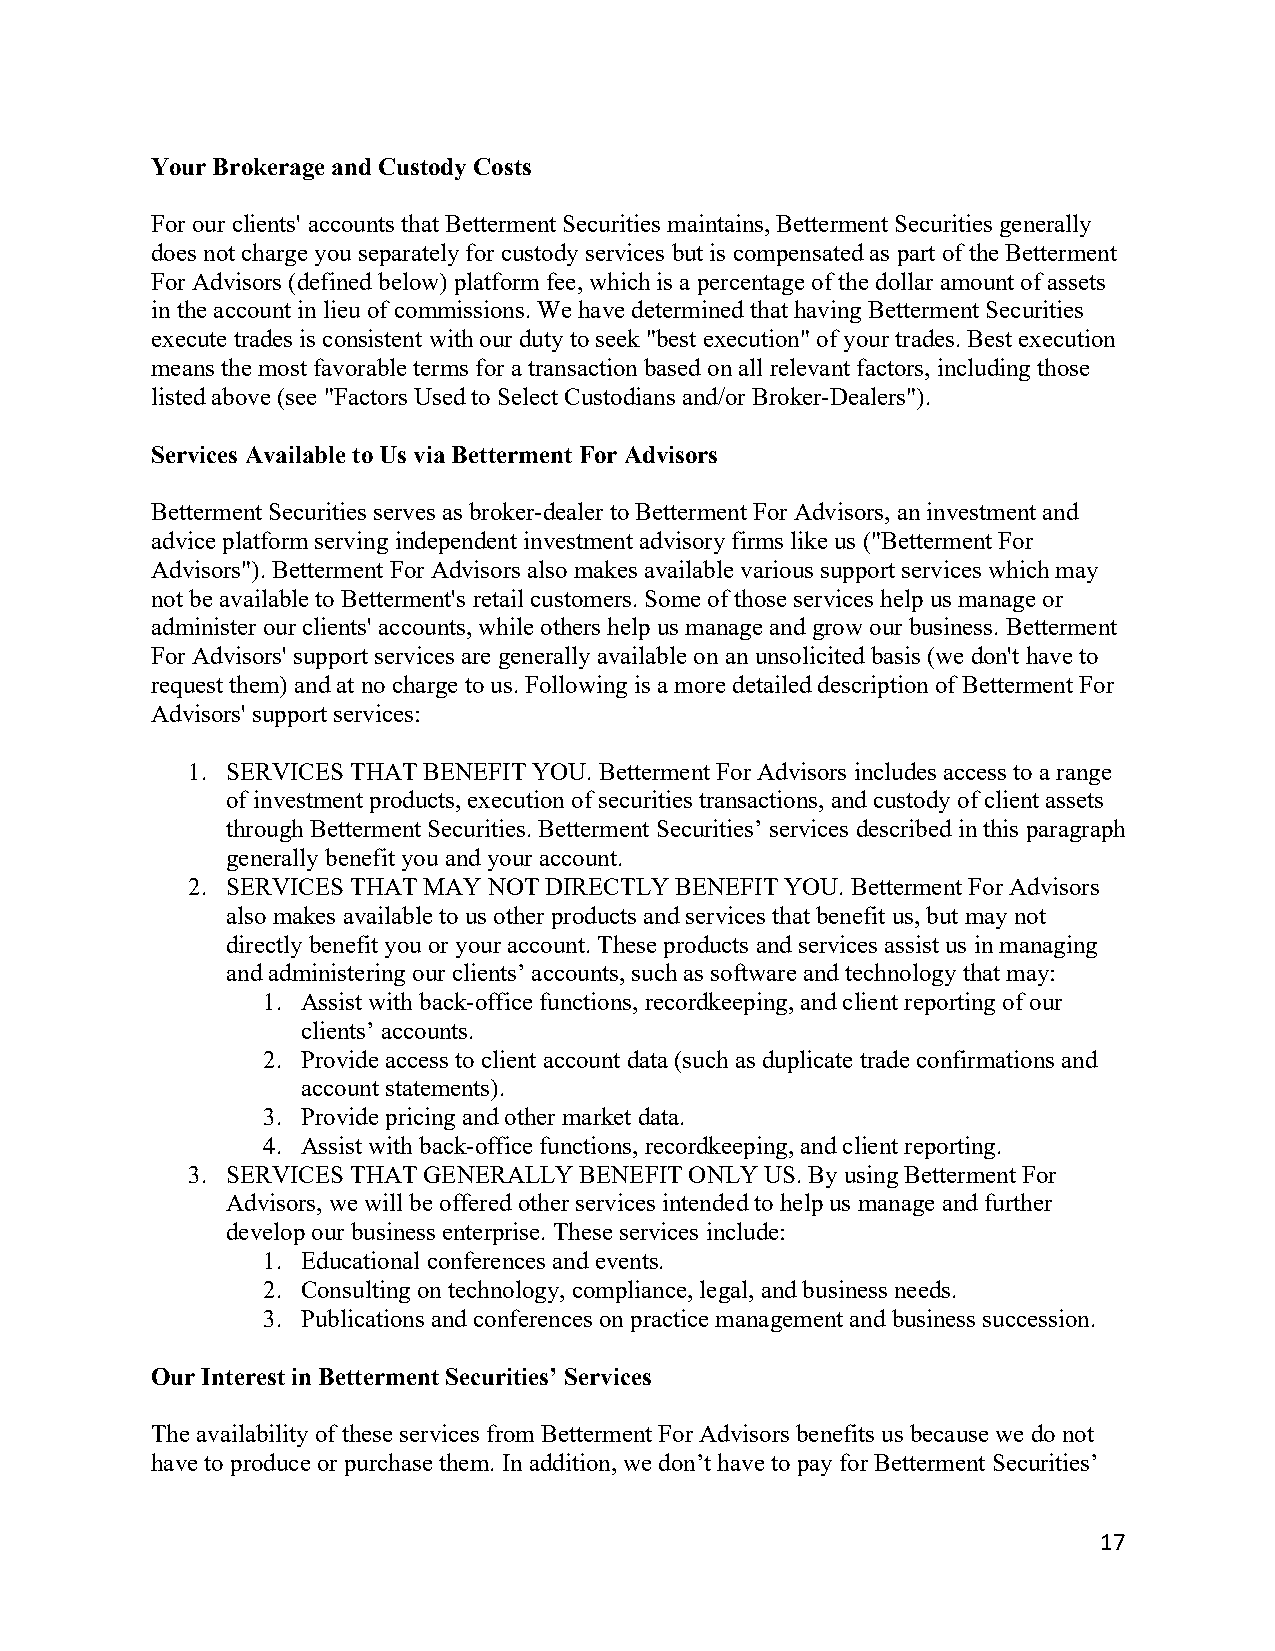
Your Brokerage and Custody Costs
 For our clients' accounts that Betterment Securities maintains, Betterment Securities generally
 does not charge you separately for custody services but is compensated as part of the Betterment
 For Advisors (defined below) platform fee, which is a percentage of the dollar amount of assets
 in the account in lieu of commissions. We have determined that having Betterment Securities
 execute trades is consistent with our duty to seek "best execution" of your trades. Best execution
 means the most favorable terms for a transaction based on all relevant factors, including those
 listed above (see "Factors Used to Select Custodians and/or Broker-Dealers").
 Services Available to Us via Betterment For Advisors
 Betterment Securities serves as broker-dealer to Betterment For Advisors, an investment and
 advice platform serving independent investment advisory firms like us ("Betterment For
 Advisors"). Betterment For Advisors also makes available various support services which may
 not be available to Betterment's retail customers. Some of those services help us manage or
 administer our clients' accounts, while others help us manage and grow our business. Betterment
 For Advisors' support services are generally available on an unsolicited basis (we don't have to
 request them) and at no charge to us. Following is a more detailed description of Betterment For
 Advisors' support services:
 1. SERVICES THAT BENEFIT YOU. Betterment For Advisors includes access to a range
 of investment products, execution of securities transactions, and custody of client assets
 through Betterment Securities. Betterment Securities’ services described in this paragraph
 generally benefit you and your account.
 2. SERVICES THAT MAY NOT DIRECTLY BENEFIT YOU. Betterment For Advisors
 also makes available to us other products and services that benefit us, but may not
 directly benefit you or your account. These products and services assist us in managing
 and administering our clients’ accounts, such as software and technology that may:
 1. Assist with back-office functions, recordkeeping, and client reporting of our
 clients’ accounts.
 2. Provide access to client account data (such as duplicate trade confirmations and
 account statements).
 3. Provide pricing and other market data.
 4. Assist with back-office functions, recordkeeping, and client reporting.
 3. SERVICES THAT GENERALLY BENEFIT ONLY US. By using Betterment For
 Advisors, we will be offered other services intended to help us manage and further
 develop our business enterprise. These services include:
 1. Educational conferences and events.
 2. Consulting on technology, compliance, legal, and business needs.
 3. Publications and conferences on practice management and business succession.
 Our Interest in Betterment Securities’ Services
 The availability of these services from Betterment For Advisors benefits us because we do not
 have to produce or purchase them. In addition, we don’t have to pay for Betterment Securities’
 17